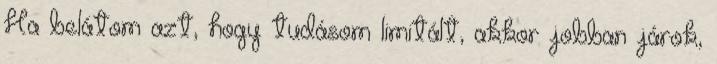
Ha belátom azt, hogy tudásom limitált, akkor jobban járok,